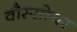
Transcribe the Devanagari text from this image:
वौस्सोयर